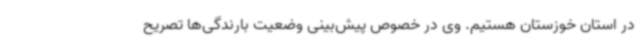
در استان خوزستان هستیم. وی در خصوص پیش‌بینی وضعیت بارندگی‌ها تصریح